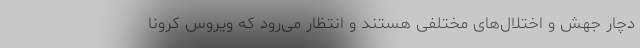
دچار جهش و اختلال‌های مختلفی هستند و انتظار می‌رود که ویروس کرونا